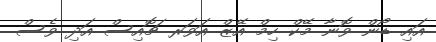
އައި ޑޯން ވޮނާ މޭކް ހިމް އޭޒް އަވަރ ޗޮއިސް އަދި ވެސް